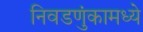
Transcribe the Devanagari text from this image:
निवडणुंकामध्ये